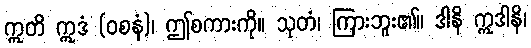
ဣတိ ဣဒံ (ဝစနံ)၊ ဤစကားကို။ သုတံ၊ ကြားဘူး၏။ ဒါနိ ဣဒါနိ၊